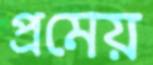
প্রমেয়